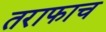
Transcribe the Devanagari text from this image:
तराफाच